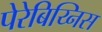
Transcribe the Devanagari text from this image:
पेरेबिय्निस